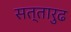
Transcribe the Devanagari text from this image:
सत्तारुढ